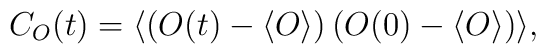
C_O(t) = \langle \left( O(t) - \langle O \rangle \right)\left( O(0) - \langle O \rangle \right) \rangle,